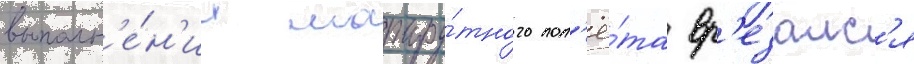
выполн'е́н'ии маршру́тного пол'ё́та вр'езалс'я